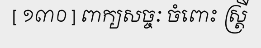
[ ១៣០ ] ពាក្យសច្ចៈ ចំពោះ ស្ត្រី